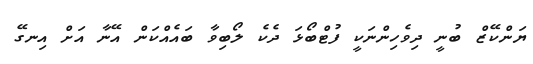
ޔަންކޭޒް ބުނީ ދިވެހިންނަކީ ފުޓްބޯޅަ ދެކެ ލޯބިވާ ބައެއްކަން އޭނާ އަށް އިނގޭ